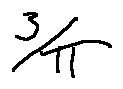
\frac { 3 } { \pi }